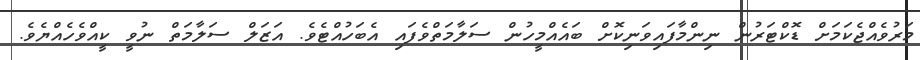
މަރުވެއްޖެކަމަށް ޑޮކްޓަރުން ނިންމާފައިވަނިކޮށް ބައެއްމީހުން ސަލާމަތްވެފައި އެބަހުއްޓެވެ. އަޒަލް ސަލާމަތް ނުވީ ކީއްވެހެއްޔެވެ.